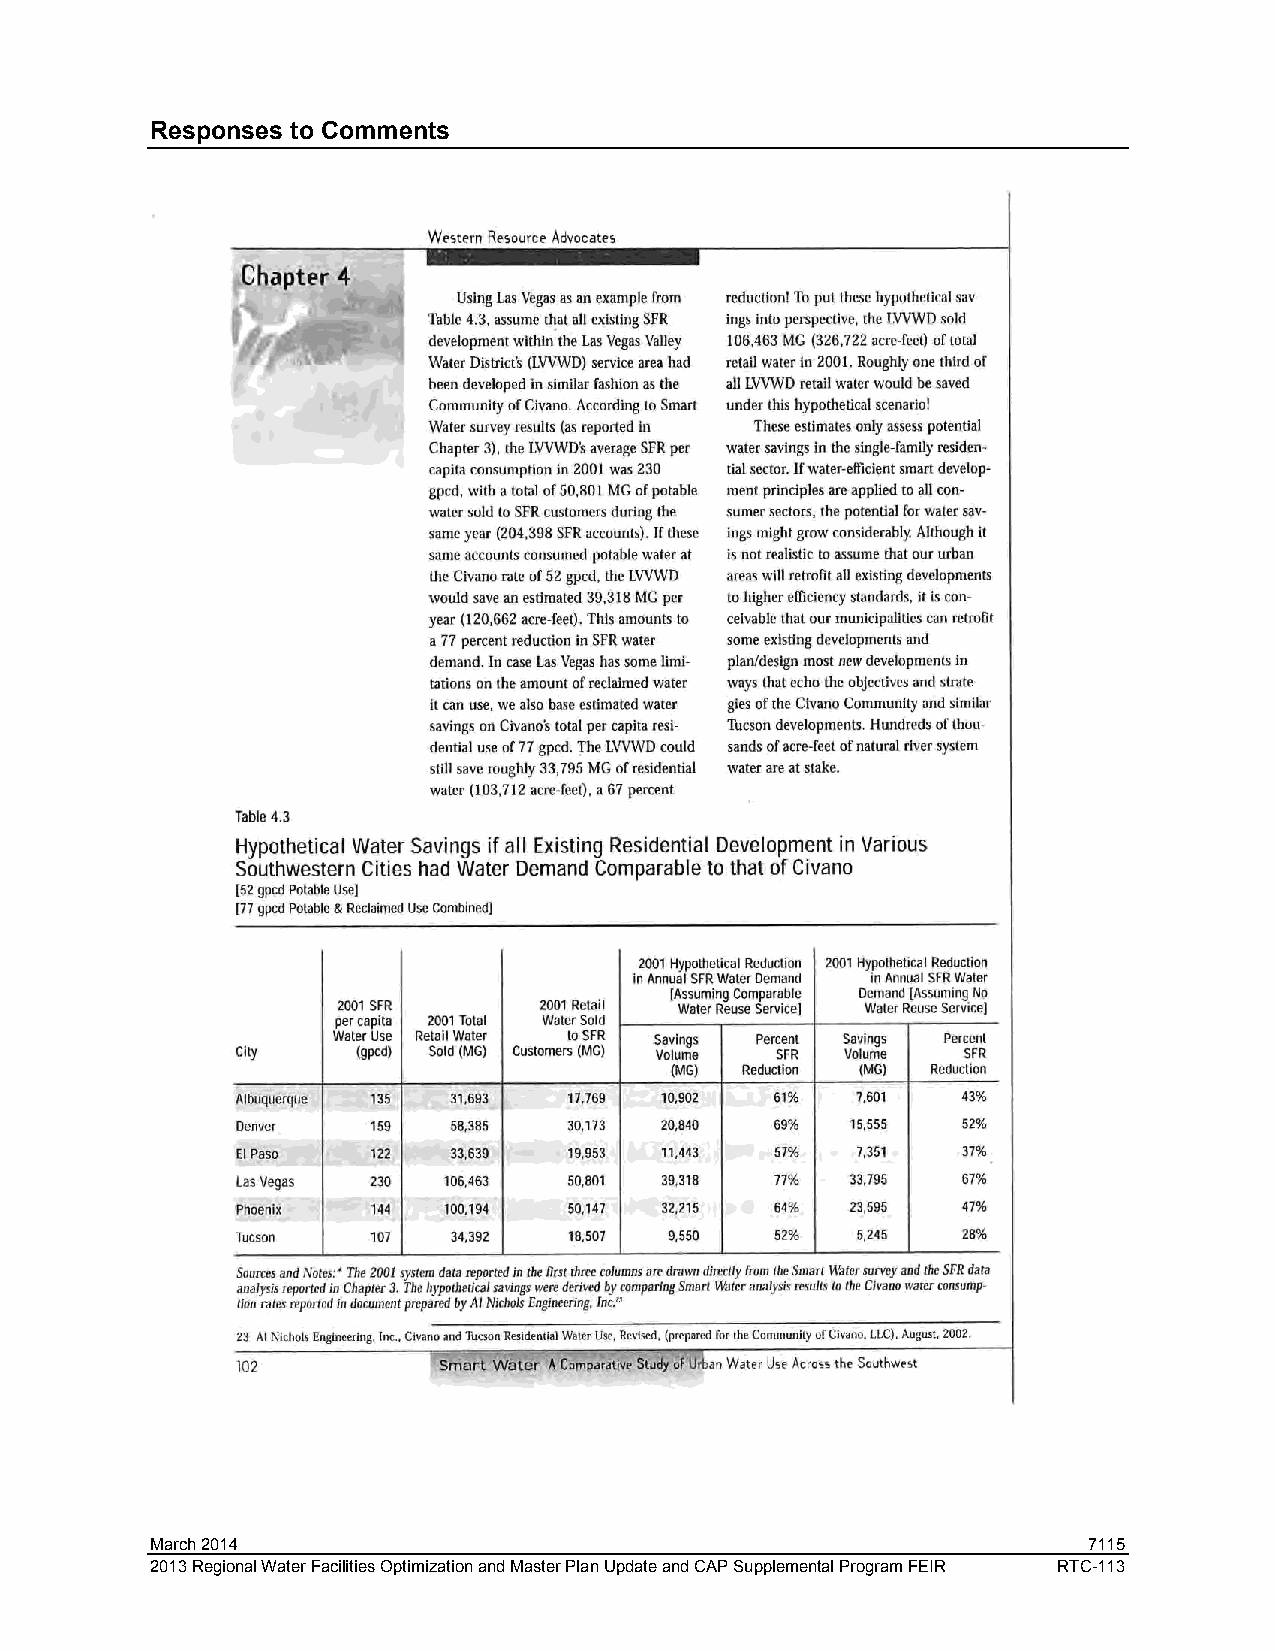
Responses to Comments
 March 2014                                                    7115
 2013 Regional Water Facilities Optimization and Master Plan Update and CAP Supplemental Program FEIR RTC-113